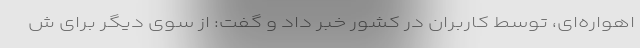
اهواره‌ای، توسط کاربران در کشور خبر داد و گفت: از سوی دیگر برای ش